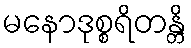
မနောဒုစ္စရိတန္တိ